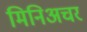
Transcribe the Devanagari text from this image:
मिनिअचर